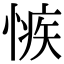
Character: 愱